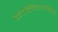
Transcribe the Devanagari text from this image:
कोक्किनाकिस